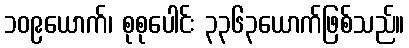
၁၀၉ယောက်၊ စုစုပေါင်း ၃၃၆၃ယောက်ဖြစ်သည်။